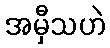
အမှီသဟဲ